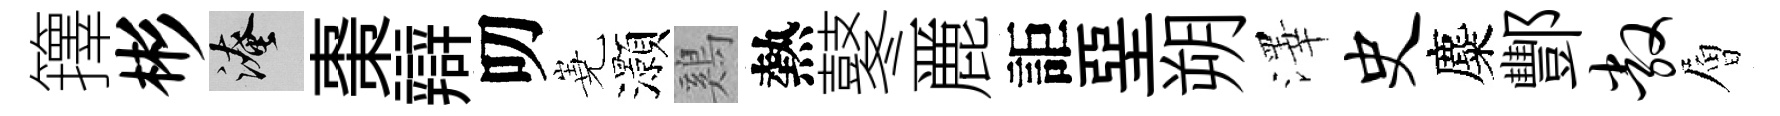
籜彬淹棗辯叨嶤灝鷄熱鼕䴡詎堊朔澤史麋酆敞層